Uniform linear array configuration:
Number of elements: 24
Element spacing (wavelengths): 1
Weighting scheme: hann
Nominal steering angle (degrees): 45
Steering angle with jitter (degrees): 46.054
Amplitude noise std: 0.05
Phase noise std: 0.05

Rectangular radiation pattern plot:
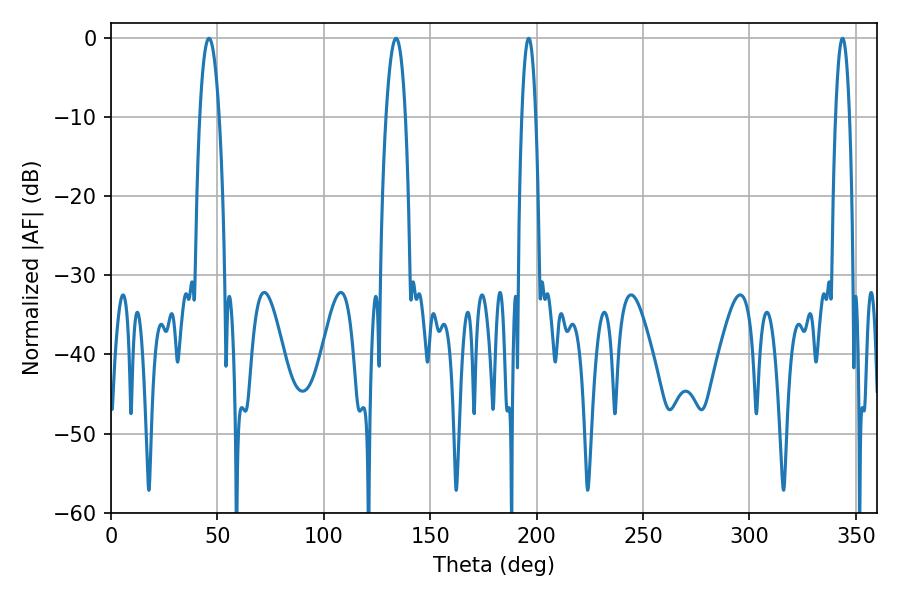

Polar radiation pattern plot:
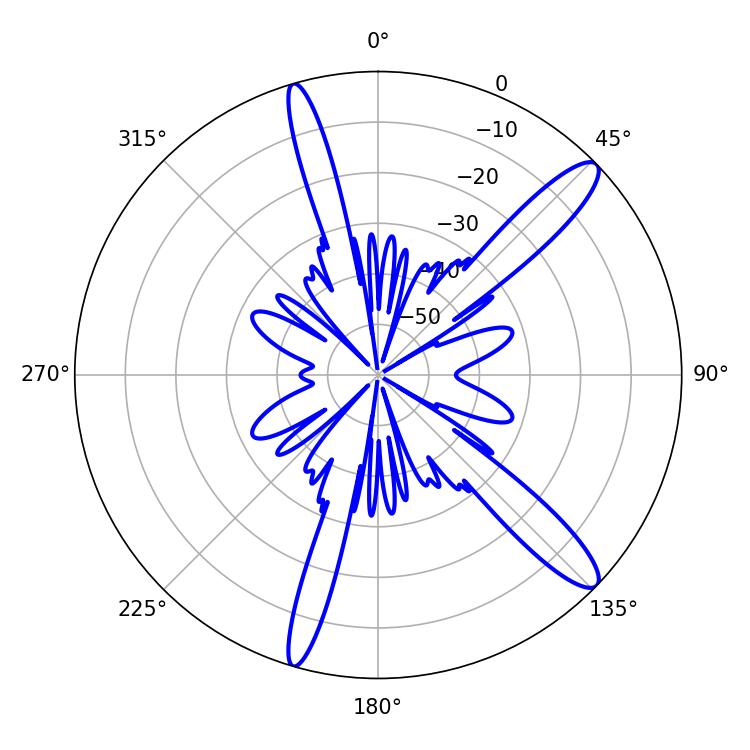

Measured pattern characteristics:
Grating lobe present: TRUE
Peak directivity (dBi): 13.068
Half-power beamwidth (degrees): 5.04
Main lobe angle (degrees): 133.92